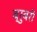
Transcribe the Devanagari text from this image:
ब्रुबरी